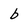
Character: b